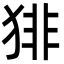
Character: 猅